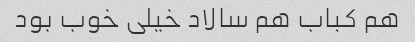
هم کباب هم سالاد خیلی خوب بود